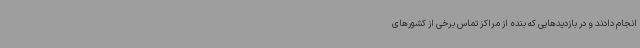
انجام دادند و در بازدیدهایی که بنده از مراکز تماس برخی از کشورهای